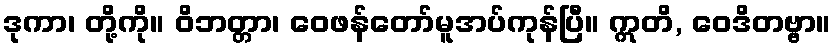
ဒုကာ၊ တို့ကို။ ဝိဘတ္တာ၊ ဝေဖန်တော်မူအပ်ကုန်ပြီ။ ဣတိ, ဝေဒိတဗ္ဗာ။